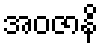
အဝဇာနိ